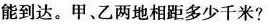
能到达。甲、乙两地相距多少千米?